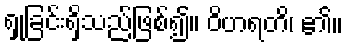
ရှုခြင်းရှိသည်ဖြစ်၍။ ဝိဟရတိ၊ ၏။